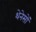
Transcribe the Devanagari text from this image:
थेनेसों